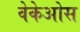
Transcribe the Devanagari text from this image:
वेकेओस